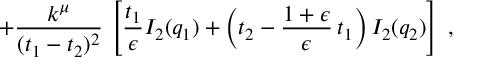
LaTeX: + \frac { k ^ { \mu } } { ( t _ { 1 } - t _ { 2 } ) ^ { 2 } } \, \left[ \frac { t _ { 1 } } { \epsilon } I _ { 2 } ( q _ { 1 } ) + \left( t _ { 2 } - \frac { 1 + \epsilon } { \epsilon } \, t _ { 1 } \right) I _ { 2 } ( q _ { 2 } ) \right] \; ,